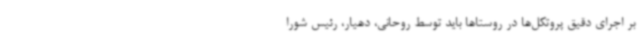
بر اجرای دقیق پروتکل‌ها در روستاها باید توسط روحانی، دهیار، رئیس شورا